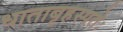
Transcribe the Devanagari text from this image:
धाताबृहस्पतेः